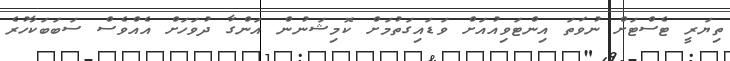
ތިޔަރީ ޓެސްޓަށް ނުވަތަ އިންޓަވިއުއަށް ވަޑައިގަތުމަށް ކޮމިޝަނުން އަންގާ ދުވަހަށް އެއްވެސް ސަބަބަކާހުރެ